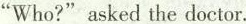
"Who?"asked the doctor.